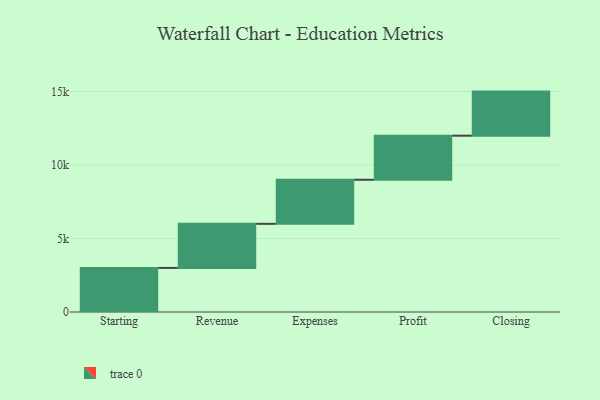
{"axis": {"x": "Step", "y": "Value"}, "legend": [""], "data": [{"x": "Starting", "y": 3000, "type": ""}, {"x": "Revenue", "y": 3000, "type": ""}, {"x": "Expenses", "y": 3000, "type": ""}, {"x": "Profit", "y": 3000, "type": ""}, {"x": "Closing", "y": 3000, "type": ""}]}